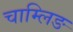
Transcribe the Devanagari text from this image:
चाम्लिङ